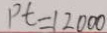
P t = 1 2 0 0 0